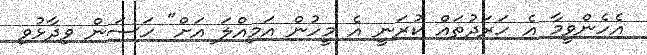
އެހެންވީމާ އެ ހަރަދުތައް ކުރަނީ އެ މީހުން އަމިއްލަ އަށް" ހަސަން ވިދާޅުވި